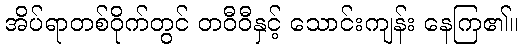
အိပ်ရာတစ်ဝိုက်တွင် တဝီဝီနှင့် သောင်းကျန်း နေကြ၏။